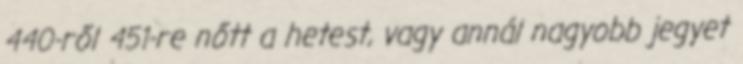
440-ről 451-re nőtt a hetest, vagy annál nagyobb jegyet